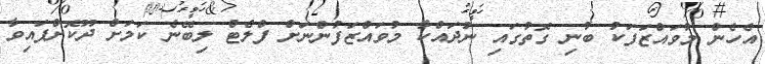
އެހެން މުވައްޒަފަކު ބުނި ގޮތުގައި ނުދައްކާ މުވައްޒަފުންނަށް ފްލެޓް ލިބޭނެ ކަމަށް ދޫކޮށްފައިވާ